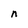
Character: n